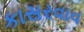
કાસરવાવ